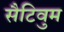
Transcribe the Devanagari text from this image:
सैटिवुम